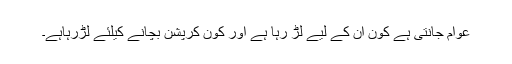
عوام جانتی ہے کون ان کے لیے لڑ رہا ہے اور کون کرپشن بچانے کیلئے لڑرہاہے۔